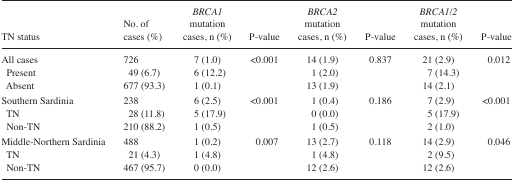
<table><thead><tr><td><b>TN status</b></td><td><b>No. of cases (%)</b></td><td><b><i>BRCA1</i> mutation cases, n (%)</b></td><td><b>P-value</b></td><td><b><i>BRCA2</i> mutation cases, n (%)</b></td><td><b>P-value</b></td><td><b><i>BRCA1/2</i> mutation cases, n (%)</b></td><td><b>P-value</b></td></tr></thead><tbody><tr><td>All cases</td><td>726</td><td>7 (1.0)</td><td>&lt;0.001</td><td>14 (1.9)</td><td>0.837</td><td>21 (2.9)</td><td>0.012</td></tr><tr><td> Present</td><td>49 (6.7)</td><td>6 (12.2)</td><td></td><td>1 (2.0)</td><td></td><td>7 (14.3)</td><td></td></tr><tr><td> Absent</td><td>677 (93.3)</td><td>1 (0.1)</td><td></td><td>13 (1.9)</td><td></td><td>14 (2.1)</td><td></td></tr><tr><td>Southern Sardinia</td><td>238</td><td>6 (2.5)</td><td>&lt;0.001</td><td>1 (0.4)</td><td>0.186</td><td>7 (2.9)</td><td>&lt;0.001</td></tr><tr><td> TN</td><td>28 (11.8)</td><td>5 (17.9)</td><td></td><td>0 (0.0)</td><td></td><td>5 (17.9)</td><td></td></tr><tr><td> Non-TN</td><td>210 (88.2)</td><td>1 (0.5)</td><td></td><td>1 (0.5)</td><td></td><td>2 (1.0)</td><td></td></tr><tr><td>Middle-Northern Sardinia</td><td>488</td><td>1 (0.2)</td><td>0.007</td><td>13 (2.7)</td><td>0.118</td><td>14 (2.9)</td><td>0.046</td></tr><tr><td> TN</td><td>21 (4.3)</td><td>1 (4.8)</td><td></td><td>1 (4.8)</td><td></td><td>2 (9.5)</td><td></td></tr><tr><td> Non-TN</td><td>467 (95.7)</td><td>0 (0.0)</td><td></td><td>12 (2.6)</td><td></td><td>12 (2.6)</td><td></td></tr></tbody></table>